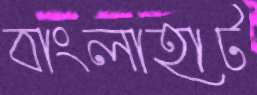
বাংলাহাট